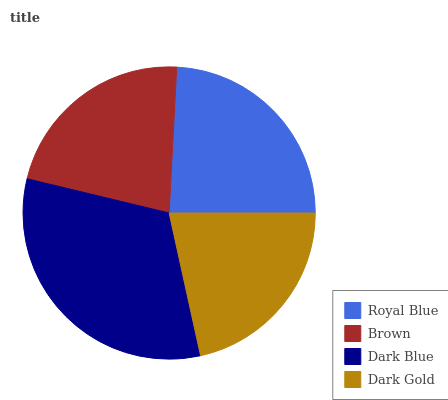
| Royal Blue | Brown | Dark Blue | Dark Gold |
 | --- | --- | --- | --- |
 | 24.2% | 22.1% | 32.2% | 21.5% |